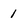
Character: 1